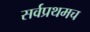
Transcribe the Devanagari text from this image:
सर्वप्रथमच